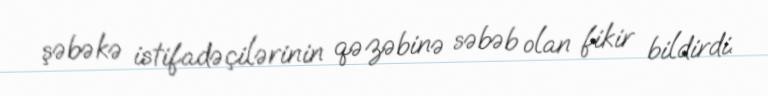
şəbəkə istifadəçilərinin qəzəbinə səbəb olan fikir bildirdi.